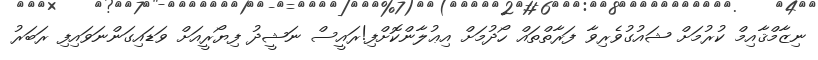
ނިޒާމްޤާއިމް ކުރުމަށް ޝައުގުވެރިވާ ފަރާތްތައް ހޯދުމަށް އިޢުލާންކޮށްފި!ރައީސް ނަޝީދު ފިޔޯރީއަށް ވަޑައިގަންނަވައިފި ރަބަރު